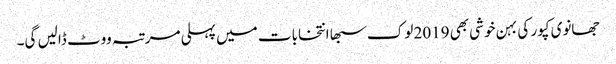
جھانوی کپور کی بہن خوشی بھی 2019 لوک سبھا انتخابات میں پہلی مرتبہ ووٹ ڈالیں گی۔